Lunatic asylums Bombay report 1891-1903 - 1891-1903
Year: 1891
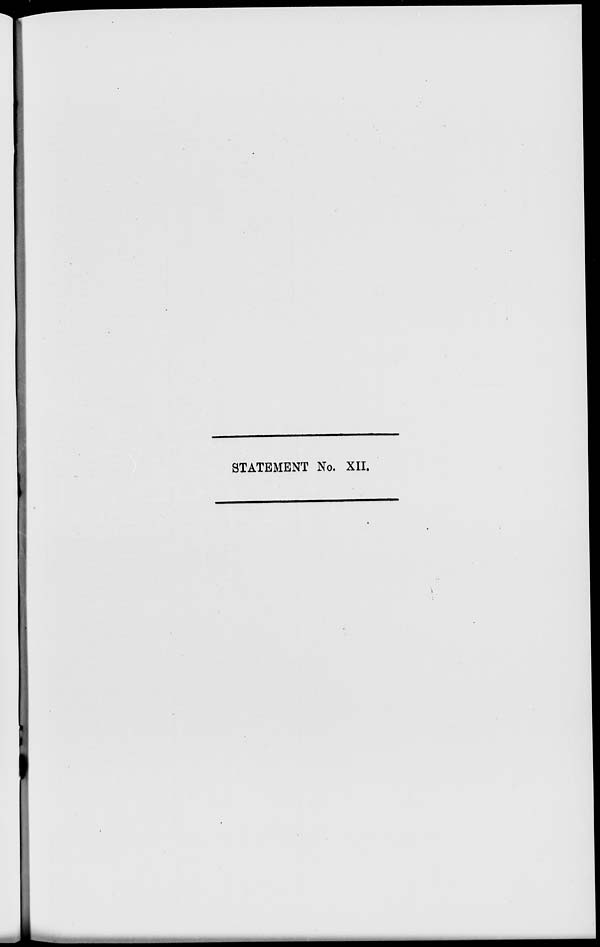
STATEMENT No. XII.